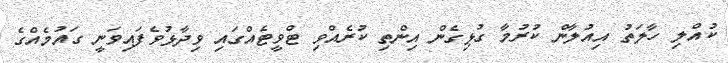
ކުއްލި ހާލަތު އިއުލާން ކުރުމާ ގުޅިގެން އިންތި ކުރެއްވި ޓްވީޓެއްގައި ވިދާޅުވެފައިވަނީ ގައުމެއްގެ